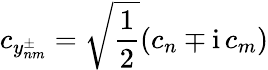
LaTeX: c_{y_{nm}^{\pm}}=\sqrt{\frac{1}{2}}(c_{n}\mp\mathrm{i}\, c_{m})